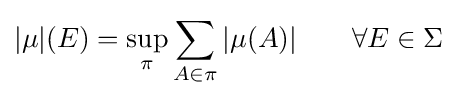
|\mu |(E)=\sup _{\pi }\sum _{A\in \pi }|\mu (A)|\qquad \forall E\in \Sigma